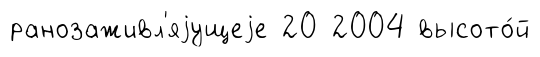
ранозаживл'яjущеjе 20 2004 высото́й